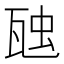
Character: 𭺟